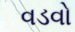
વડવો